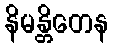
နိမန္တိတေန